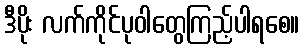
ဒီပိုး လက်ကိုင်ပုဝါတွေကြည့်ပါရစေ။